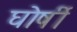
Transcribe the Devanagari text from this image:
घोर्षी